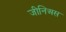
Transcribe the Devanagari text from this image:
जीनिअस